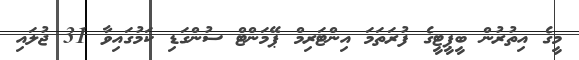
މީގެ އިތުރުން ބީޕީޓީގެ ފުރަތަމަ އިންޓަރިމް ޕޭމަންޓް ސުންގަޑި ކަމުގައިވާ 31 ޖުލައި